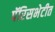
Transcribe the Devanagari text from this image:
पॅरिसभेटीत